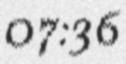
07:36